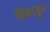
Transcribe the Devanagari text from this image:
खेळाडून